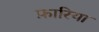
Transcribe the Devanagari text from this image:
फ़ारिया